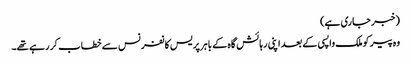
(خبر جاری ہے)
وہ پیر کوملک واپسی کے بعد اپنی رہا ئش گاہ کے باہر پر یس کانفرنس سے خطاب کر رہے تھے۔